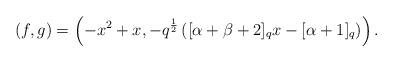
LaTeX: \begin{align*}(f,g)=\left(-x^{2}+x,-q^{\frac{1}{2}}\left([\alpha+\beta+2]_{q} x-[\alpha+1]_{q}\right)\right).\end{align*}